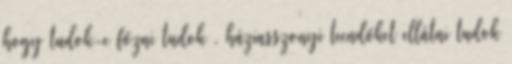
hogy tudok-e főzni tudok , háziasszonyi teendőket ellátni tudok